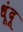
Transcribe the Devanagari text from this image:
धूंदू